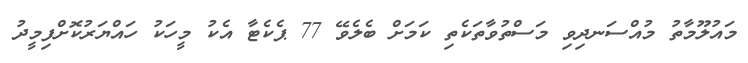
މައުލޫމާތު މުއްސަނދިވި މަސްތުވާތަކެތި ކަމަށް ބެލެވޭ 77 ޕެކެޓާ އެކު މީހަކު ހައްޔަރުކޮށްފިމީދު